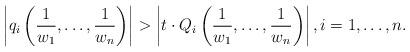
LaTeX: \begin{align*}\left|q_i\left(\dfrac 1{w_1},\ldots,\dfrac 1{w_n}\right)\right|>\left|t \cdot Q_i\left(\dfrac 1{w_1},\ldots,\dfrac 1{w_n}\right)\right|, i=1,\ldots,n.\end{align*}